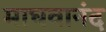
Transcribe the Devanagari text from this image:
माघवानंद